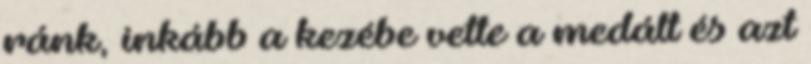
ránk, inkább a kezébe vette a medált és azt